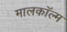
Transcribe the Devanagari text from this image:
मालकॉल्म